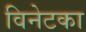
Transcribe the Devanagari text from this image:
विनेटका